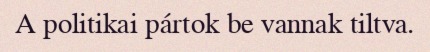
A politikai pártok be vannak tiltva.